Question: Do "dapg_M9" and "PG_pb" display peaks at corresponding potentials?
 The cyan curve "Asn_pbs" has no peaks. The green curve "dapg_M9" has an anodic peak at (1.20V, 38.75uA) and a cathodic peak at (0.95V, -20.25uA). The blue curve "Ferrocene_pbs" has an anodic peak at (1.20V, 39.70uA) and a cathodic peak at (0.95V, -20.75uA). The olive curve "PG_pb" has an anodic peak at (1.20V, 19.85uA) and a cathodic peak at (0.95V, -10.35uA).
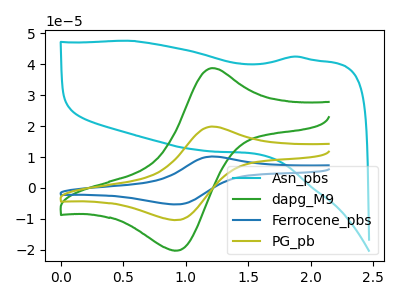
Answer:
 <answer>Yes, "dapg_M9" have a peak in "PG_pb" at the same potential.</answer>
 <eval>match</eval>